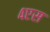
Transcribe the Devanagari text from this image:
४एस